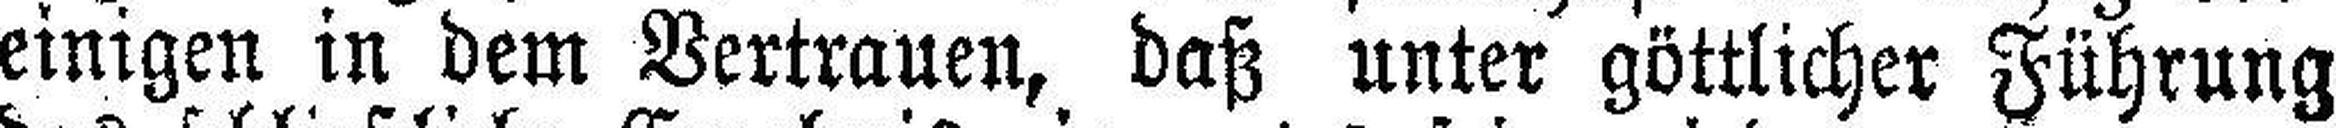
einigen in dem Vertrauen, daß unter göttlicher Führung